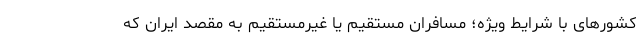
کشورهای با شرایط ویژه؛ مسافران مستقیم یا غیرمستقیم به مقصد ایران که